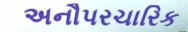
અનૌપરચારિક